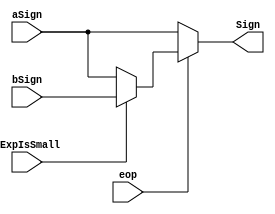
`timescale 1ns / 1ps
//////////////////////////////////////////////////////////////////////////////////
// Company: 
// Engineer: 
// 
// Design Name: 
// Module Name: sign
// Project Name: 
// Target Devices: 
// Tool Versions: 
// Description: 
// 
// Dependencies: 
// 
// Revision:
// Revision 0.01 - File Created
// Additional Comments:
// 
//////////////////////////////////////////////////////////////////////////////////


module sign(eop, aSign, bSign, aExpIsSmall, Sign);
input eop, aSign, bSign, aExpIsSmall;
output Sign;

assign Sign = eop ? (aExpIsSmall ? bSign : aSign ):aSign;
endmodule